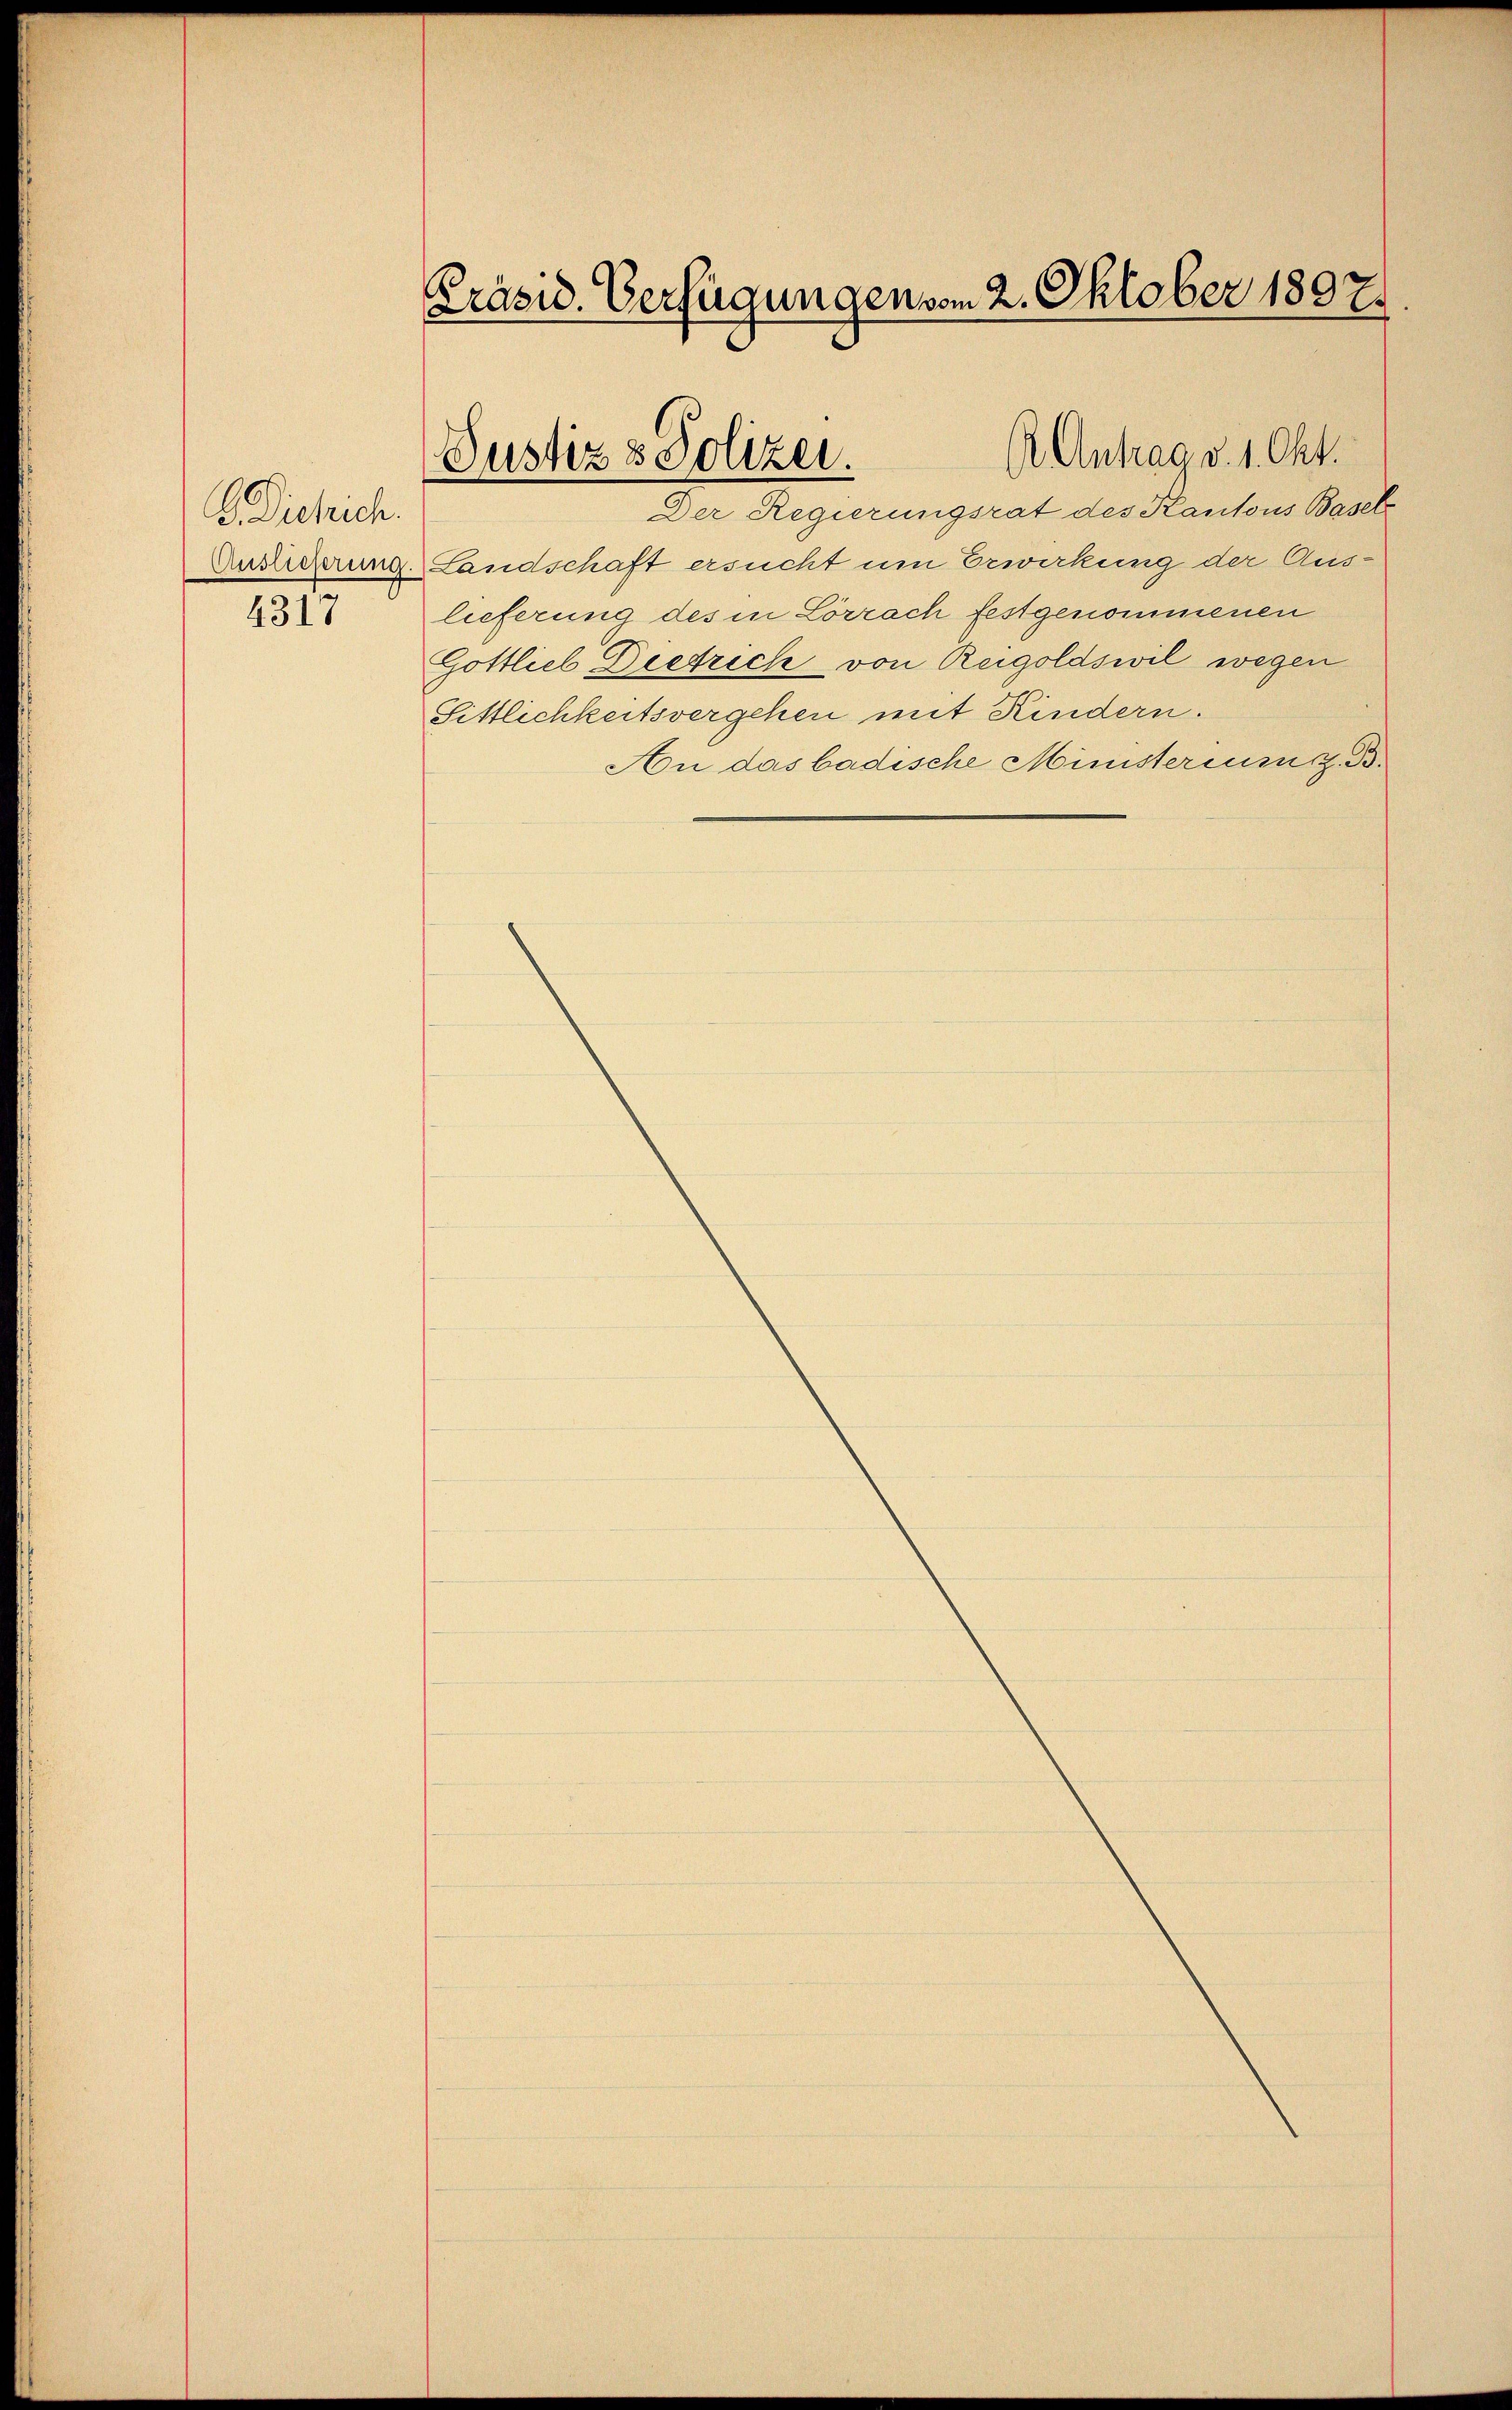
b Dickich.
4317

Präsid. Verfügungen vom 2. Oktober 1897.

Er Antrag v. 1. Okt.
Justiz & Polizei.
Der Regierungsrat des Kantons Basels

Auseigerung Landschaft ersucht um Erwirkung der Aus-
lieferung des in Lörrach festgenommenen
Gottlieb Dietrich von Reigoldswil wegen
Sittlichkeitsvergehen mit Kindern.
An das badische Ministerium z. B.